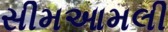
સીમઆમલી